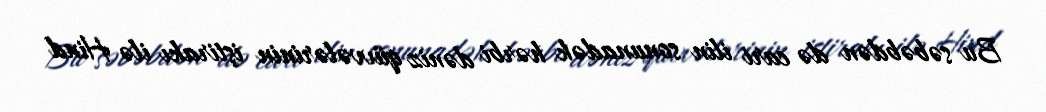
Bu səbəbdən də cari ilin sonunadək hərbi dəniz qüvvələrinin iştirakı ilə Hind